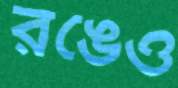
রঙেও